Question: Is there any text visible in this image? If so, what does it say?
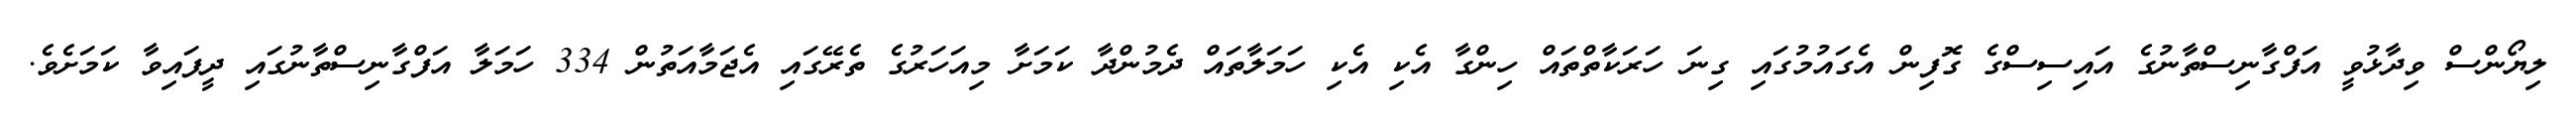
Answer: ލިޔޯންސް ވިދާޅުވީ އަފްގާނިސްތާނުގެ އައިސިސްގެ ގޮފިން އެގައުމުގައި ގިނަ ހަރަކާތްތައް ހިންގާ އެކި އެކި ހަމަލާތައް ދެމުންދާ ކަމަށާ މިއަހަރުގެ ތެރޭގައި އެޖަމާއަތުން 334 ހަމަލާ އަފްގާނިސްތާނުގައި ދީފައިވާ ކަމަށެވެ.